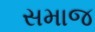
સમાજ